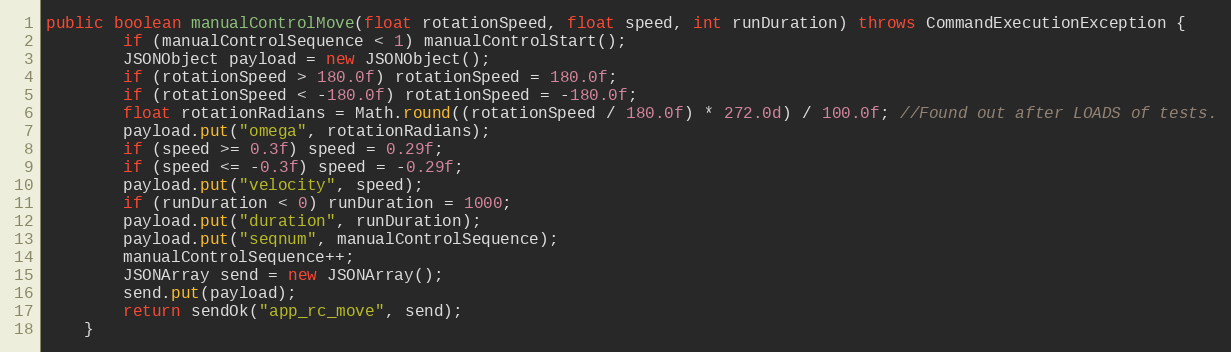
Language: Java
public boolean manualControlMove(float rotationSpeed, float speed, int runDuration) throws CommandExecutionException {
        if (manualControlSequence < 1) manualControlStart();
        JSONObject payload = new JSONObject();
        if (rotationSpeed > 180.0f) rotationSpeed = 180.0f;
        if (rotationSpeed < -180.0f) rotationSpeed = -180.0f;
        float rotationRadians = Math.round((rotationSpeed / 180.0f) * 272.0d) / 100.0f; //Found out after LOADS of tests.
        payload.put("omega", rotationRadians);
        if (speed >= 0.3f) speed = 0.29f;
        if (speed <= -0.3f) speed = -0.29f;
        payload.put("velocity", speed);
        if (runDuration < 0) runDuration = 1000;
        payload.put("duration", runDuration);
        payload.put("seqnum", manualControlSequence);
        manualControlSequence++;
        JSONArray send = new JSONArray();
        send.put(payload);
        return sendOk("app_rc_move", send);
    }